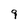
Character: 9